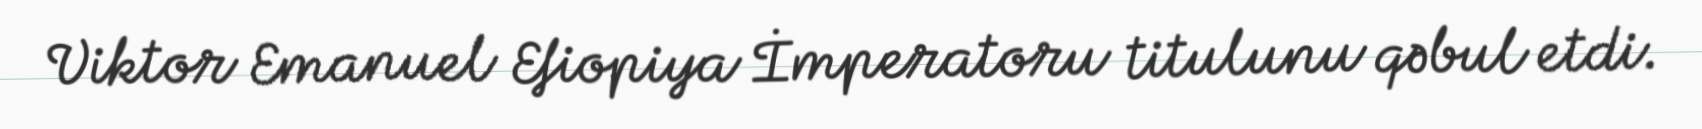
Viktor Emanuel Efiopiya İmperatoru titulunu qəbul etdi.